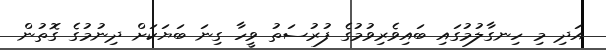
އަދި މި ހިނގާލުމުގައި ބައިވެރިވުމުގެ ފުރުސަތު ވީހާ ގިނަ ބަޔަކަށް ދިނުމުގެ ގޮތުން